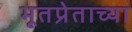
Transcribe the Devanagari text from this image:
भूतप्रेताच्या